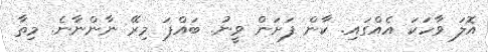
އޮލަ ވާހަކަ އެއްގައި. ކާން ފަށަން ވީނު. ބައްޕަ މިރޭ ނާންނާނެ. މިތާ